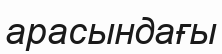
арасындағы